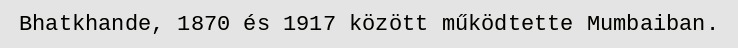
Bhatkhande, 1870 és 1917 között működtette Mumbaiban.